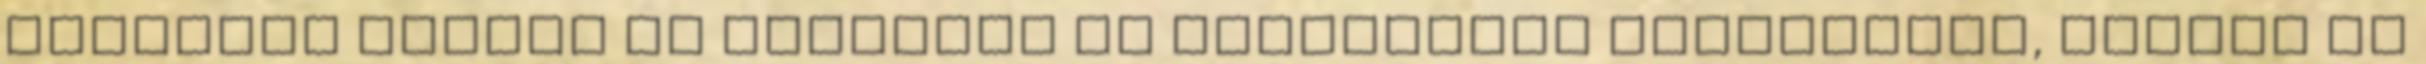
arányban vannak az elméleti és gyakorlati tananyagok, főként ha